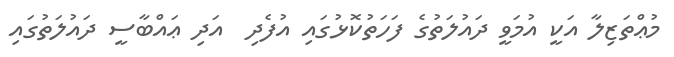
މުޢްތަޒިލާ އަކީ އުމަވީ ދައުލަތުގެ ފަހަތުކޮޅުގައި އުފެދި  އަދި ޢައްބާސީ ދައުލަތުގައި